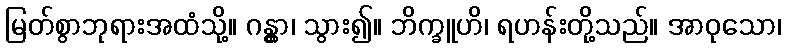
မြတ်စွာဘုရားအထံသို့။ ဂန္တွာ၊ သွား၍။ ဘိက္ခူဟိ၊ ရဟန်းတို့သည်။ အာဝုသော၊